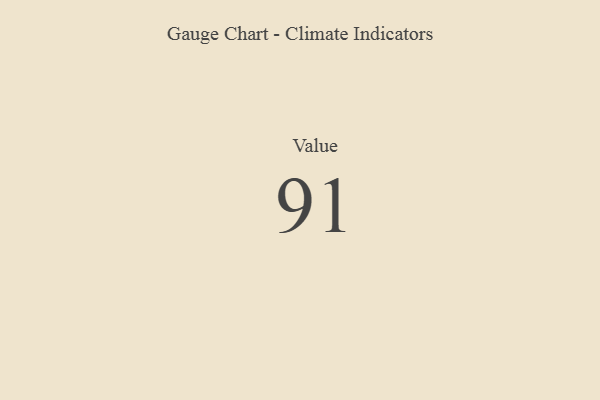
{"axis": {"x": "Metric", "y": "Value"}, "legend": [""], "data": [{"x": "Value", "y": 91, "type": ""}]}